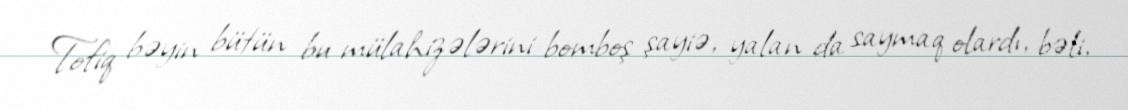
Tofiq bəyin bütün bu mülahizələrini bomboş şayiə, yalan da saymaq olardı, bəli,